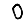
Digit: 0